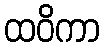
ထဝိကာ